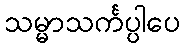
သမ္မာသင်္ကပ္ပါပေ